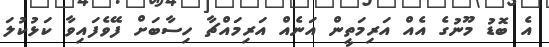
އެ ބޮޑު މޫނުގެ އެއް އަރިމަތީން އަނެއް އަރިމައްޗާ ހިސާބަށް ފޭވެފައިވާ ކަޅުކުލަ